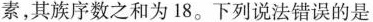
素，其族序数之和为18。下列说法错误的是